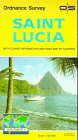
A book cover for Saint Lucia (Tourist Map); Ossl; Travel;